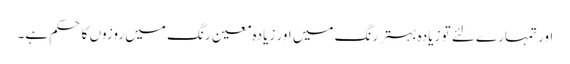
اور تمہارے لئے تو زیادہ بہتر رنگ میں اور زیادہ معین رنگ میں روزوں کا حکم ہے۔